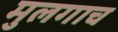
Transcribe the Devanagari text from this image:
मुलगाच